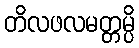
တိလဖလမတ္တမ္ပိ